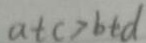
a + c > b + d